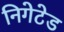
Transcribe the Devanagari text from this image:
निगेटेड